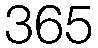
365